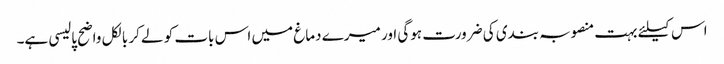
اس کیلئے بہت منصوبہ بندی کی ضرورت ہوگی اور میرے دماغ میں اس بات کو لے کر بالکل واضح پالیسی ہے۔